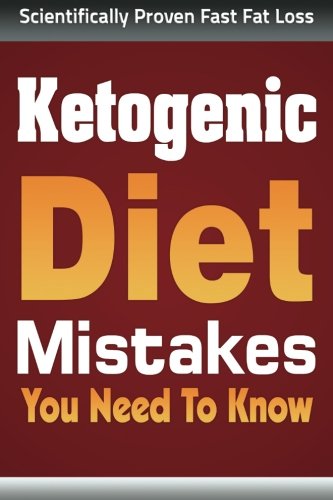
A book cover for Ketogenic Diet Mistakes: You Wish You Knew (ketogenic diet, ketogenic diet for weight loss, ketogenic diet for beginners, diabetes diet, paleo diet, anti inflammatory diet); Sara Givens; Health, Fitness & Dieting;